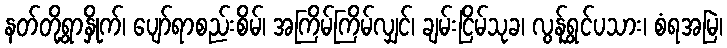
နတ်တို့ရွာနှိုက်၊ ပျော်ရာစည်းစိမ်၊ အကြိမ်ကြိမ်လျှင်၊ ချမ်းငြိမ်သုခ၊ လွန်ရွှင်ပသား၊ စံရအမြဲ၊